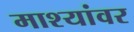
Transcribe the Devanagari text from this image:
माश्यांवर